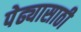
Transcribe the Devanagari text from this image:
पेढ्यासाठी